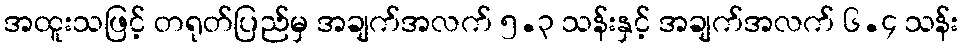
အထူးသဖြင့် တရုတ်ပြည်မှ အချက်အလက် ၅.၃ သန်းနှင့် အချက်အလက် ၆.၄ သန်း